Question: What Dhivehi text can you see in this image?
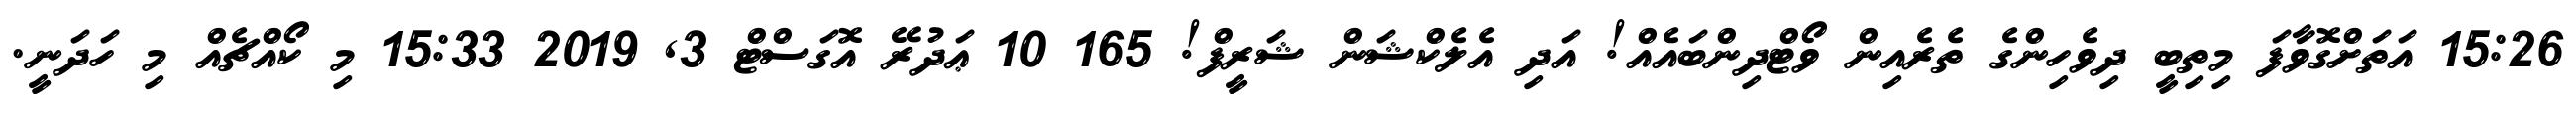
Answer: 15:26 އަތަށްގޮވާފަ މިތިބީ ދިވެހިންގެ ތެރެއިން ވޯޓްދިންބައެއް! އަދި އެލެކްޝަން ޝަރީފް! 165 10 ޢަދުރޭ އޮގަސްޓް 3, 2019 15:33 މި ކޯއްޗެއް މި ހަދަނީ.